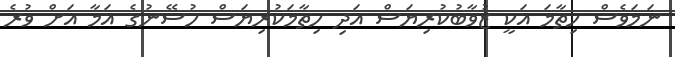
ނަމަވެސް ހިތާމަ އަކީ ޒުވާބުކުރިޔަސް އަދި ހިތާމަކުރިޔަސް ހުސޭނުގެ އަމާ އަށް ވުރެ